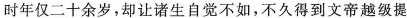
时年仅二十余岁,却让诸生自光不如,不久得到文帝越级提